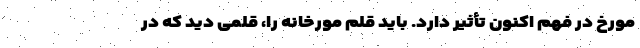
مورخ در فهم اکنون تأثیر دارد. باید قلم مورخانه را، قلمی دید که در